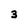
Character: 3